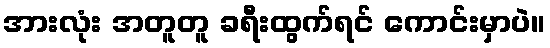
အားလုံး အတူတူ ခရီးထွက်ရင် ကောင်းမှာပဲ။